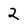
Character: 2